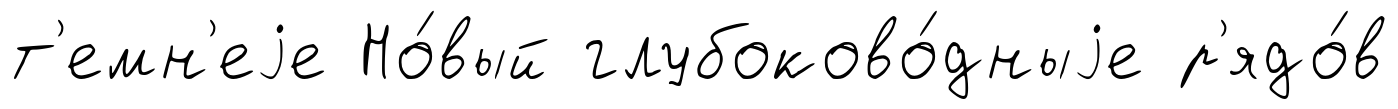
т'емн'еjе Но́вый глубоково́дныjе р'ядо́в